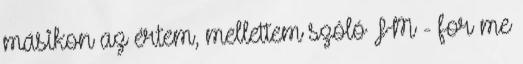
másikon az értem, mellettem szóló FM - for me